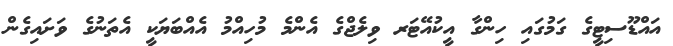
އައްޑޫސިޓީގެ ގަމުގައި ހިންގާ އީކުއޭޓަރ ވިލެޖްގެ އެންމެ މުހިއްމު އެއްބަޔަކީ އެތަނުގެ ވަށައިގެން